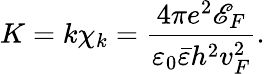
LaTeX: K=k\chi_{k}=\frac{4\pi e^{2}\mathscr{E}_{F}}{\varepsilon_{0}\bar{\varepsilon}h^{2}v_{F}^{2}}.